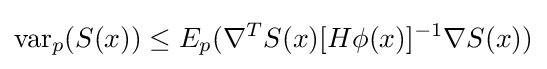
\operatorname {var} _{p}(S(x))\leq E_{p}(\nabla ^{T}S(x)[H\phi (x)]^{-1}\nabla S(x))